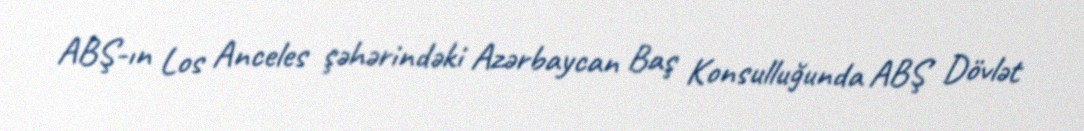
ABŞ-ın Los Anceles şəhərindəki Azərbaycan Baş Konsulluğunda ABŞ Dövlət